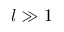
l \gg { 1 }